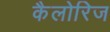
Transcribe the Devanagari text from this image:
कैलोरिज